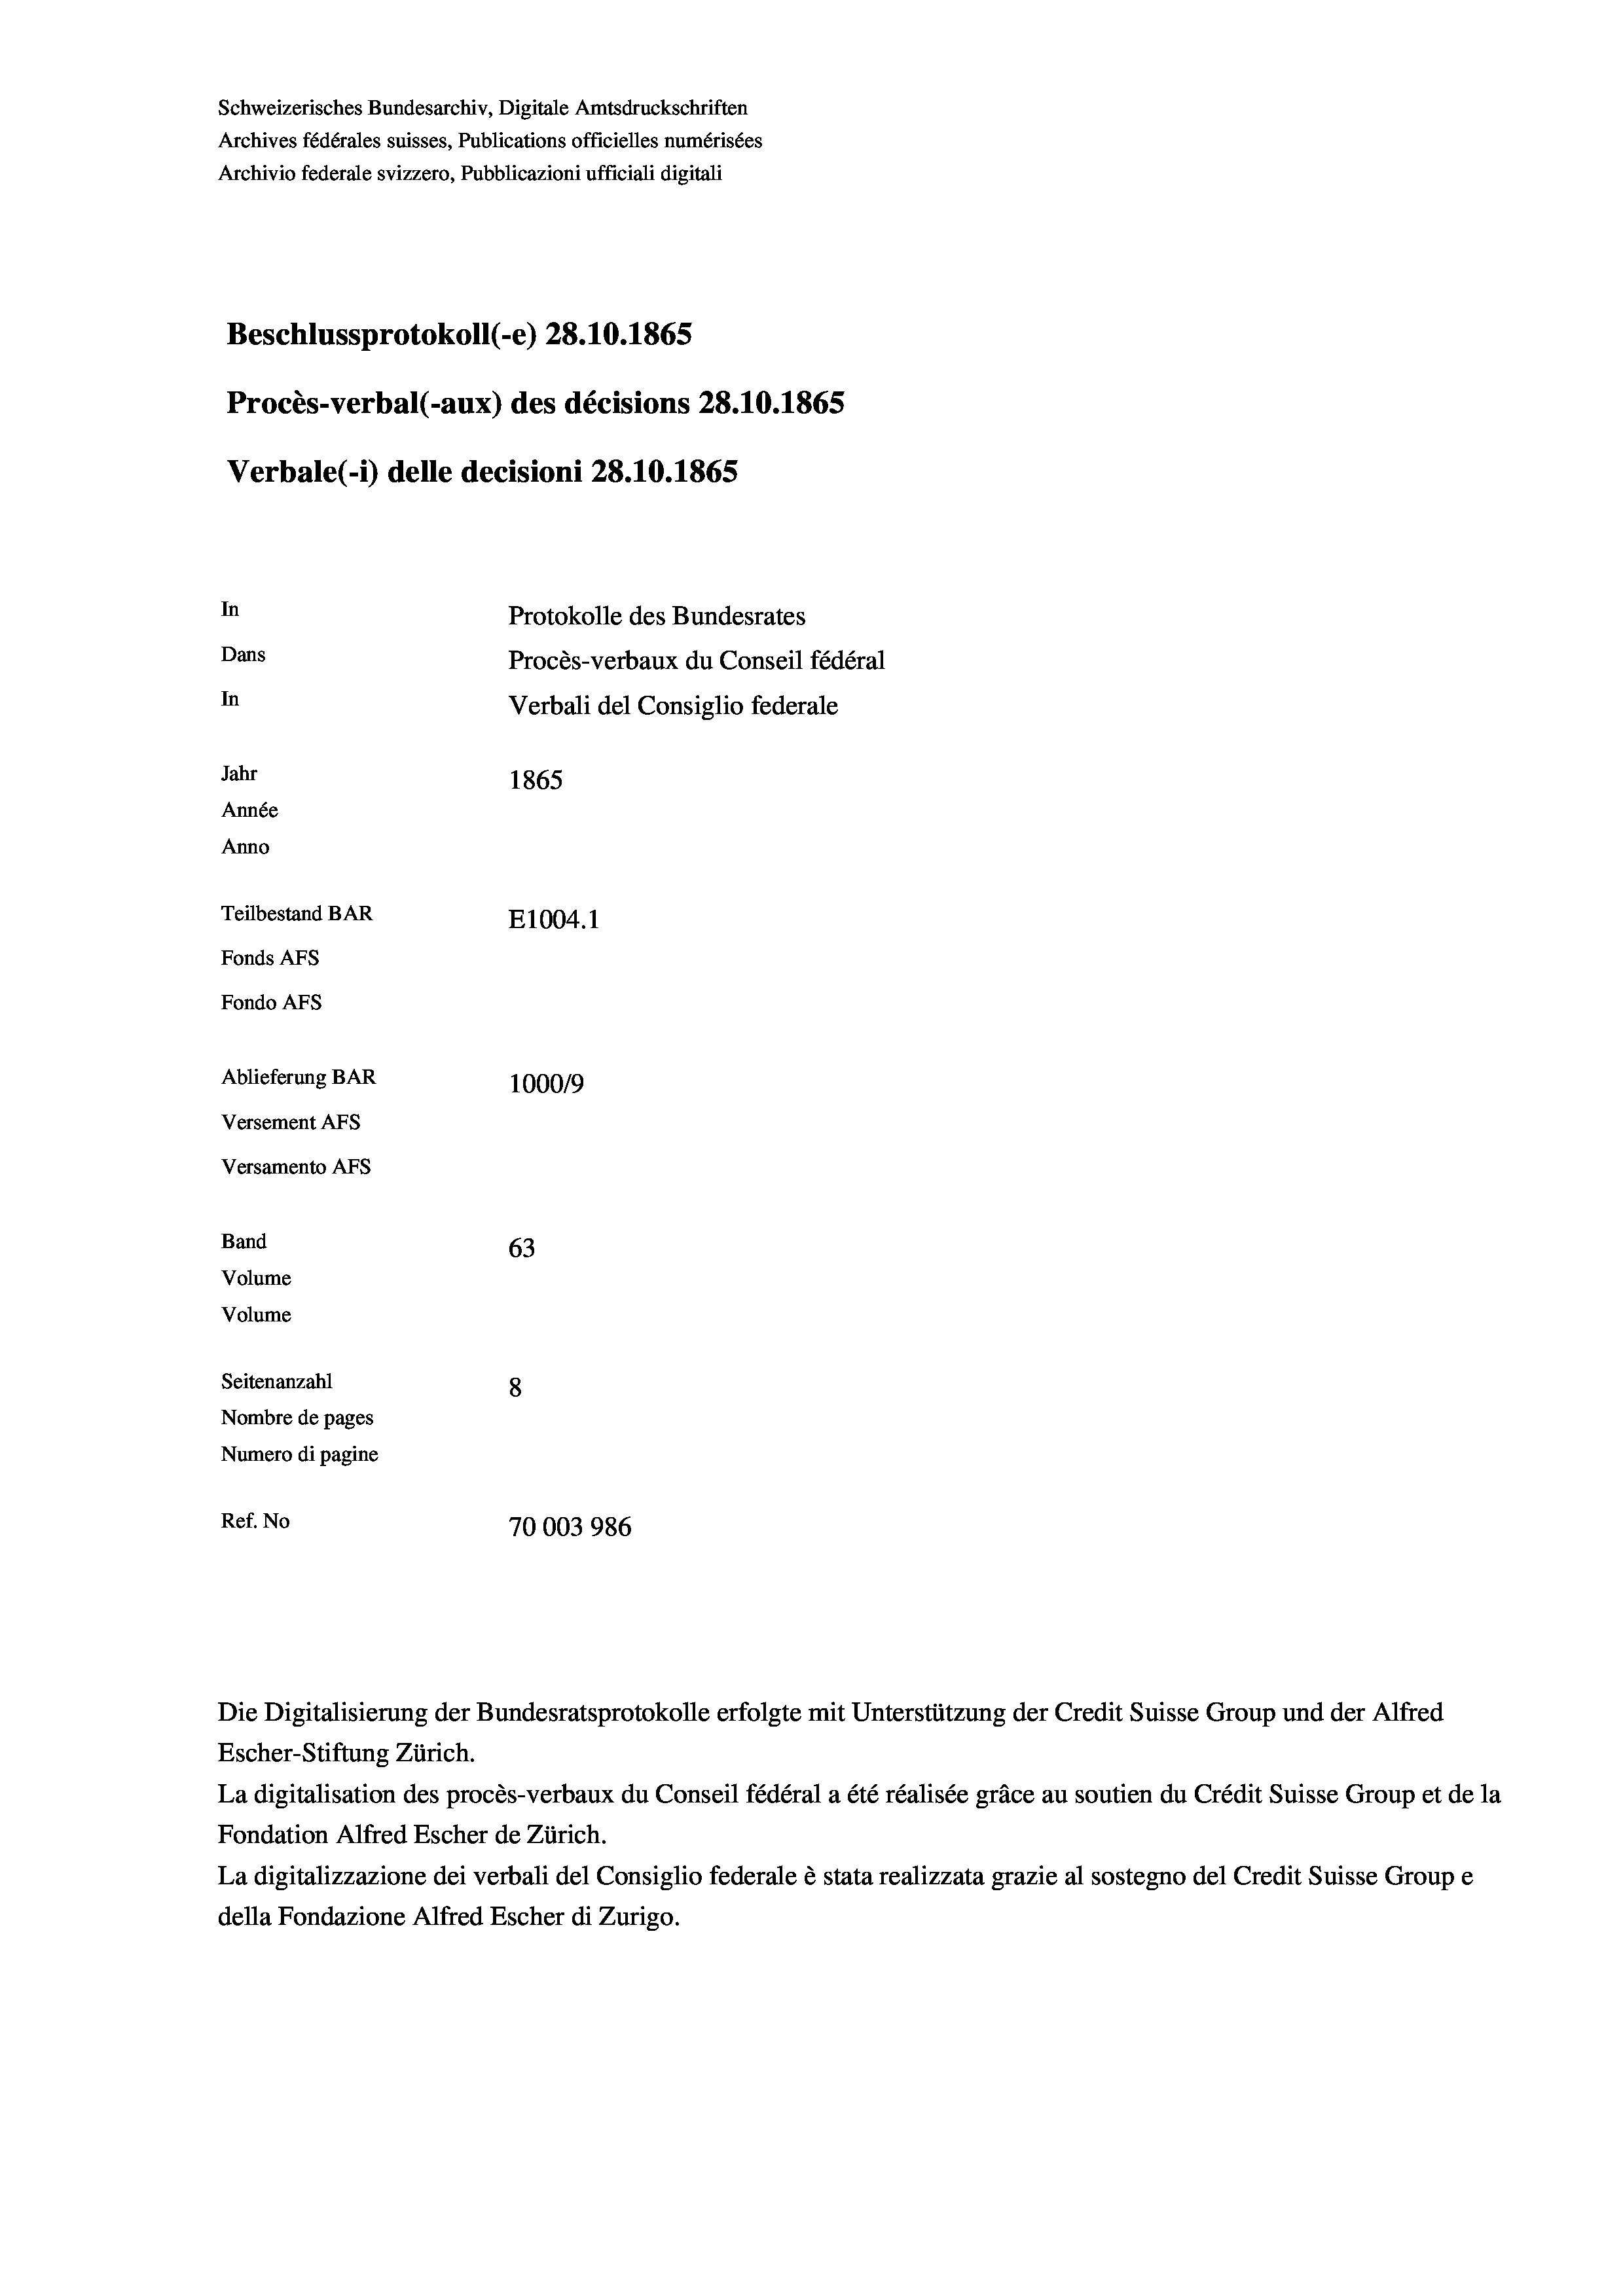
Schweizerisches Bundesarchiv, Digitale Amtsdruckschriften
Archives fédérales suisses, Publications officielles numérisées
Archivio federale svizzero, Pubblicazioni ufficiali digitali
Beschlussprotokoll (-e) 28.10.1865
Procès-verbal (-aux) des décisions 28.10.1865
Verbale (1) delle decisioni 28.10.1865
In
Protokolle des Bundesrates
Dans
Procès-verbaux du Conseil fédéral
In
Verbali del Consiglio federale
Jahr
1865
Année
Anno
Teilbestand BAR
E1004. 1
Fonds AFs
Fondo AFS
Ablieferung BAR
100019
Versement AFS

Versamento Afs
Band
Volume
Volume

63
8
Nombre de pages
Numero di pagine
Ref. No
70003986

Seitenanzahl

Die Digitalisierung der Bundesratsprotokolle erfolgte mit Unterstützung der Credit Suisse Group und der Alfred
Escher-Stiftung Zürich.
La digitalisation des procès-verbaux du Conseil fédéral a été réalisée gräce au soutien du Crédit Suisse Group et de la
Fondation Alfred Escher de Zürich.
La digitalizzazione dei verbali del Consiglio federale è stata realizzata grazie al sostegno del Credit Suisse Groupe
della Fondazione Alfred Escher di Zurigo.